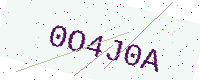
Text: 0O4J0A